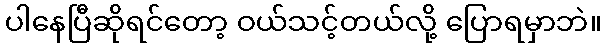
ပါနေပြီဆိုရင်တော့ ဝယ်သင့်တယ်လို့ ပြောရမှာဘဲ။